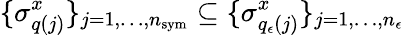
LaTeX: \{ \sigma_{q(j)}^{x}\} _{j=1,\dots,n_{\mathrm{sym}}}\subseteq\{ \sigma_{q_{\epsilon}(j)}^{x}\} _{j=1,\dots,n_{\epsilon}}